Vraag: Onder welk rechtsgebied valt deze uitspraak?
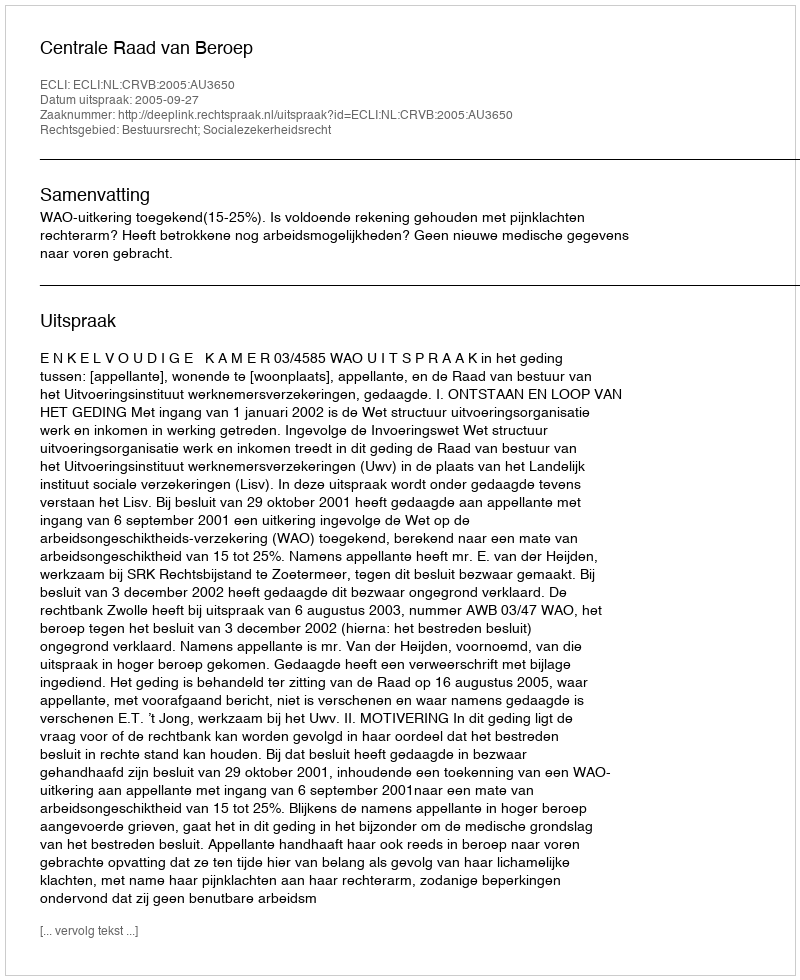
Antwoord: Bestuursrecht; Socialezekerheidsrecht